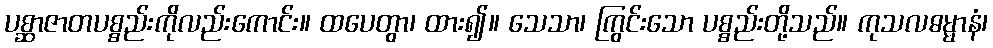
ပစ္ဆာဇာတပစ္စည်းကိုလည်းကောင်း။ ထပေတွာ၊ ထား၍။ သေသာ၊ ကြွင်းသော ပစ္စည်းတို့သည်။ ကုသလဓမ္မာနံ၊